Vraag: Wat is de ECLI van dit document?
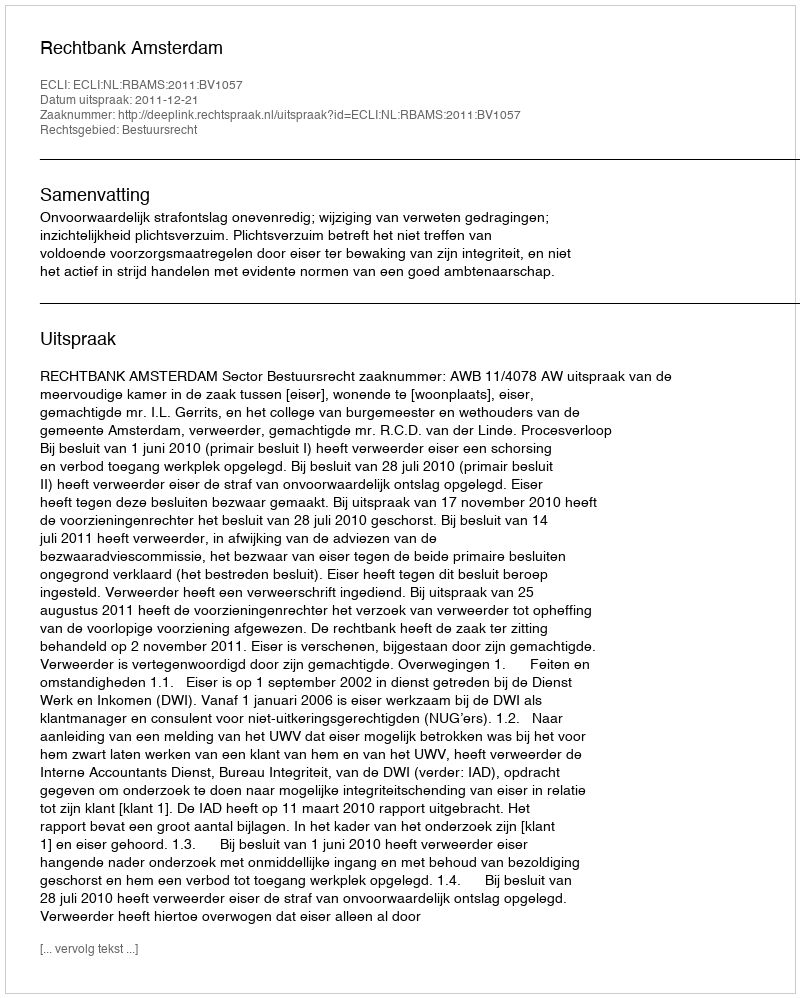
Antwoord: ECLI:NL:RBAMS:2011:BV1057